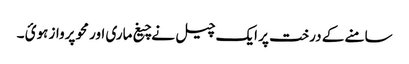
سامنے کے درخت پر ایک چیل نے چیغ ماری اور محو پرواز ہوئ ۔